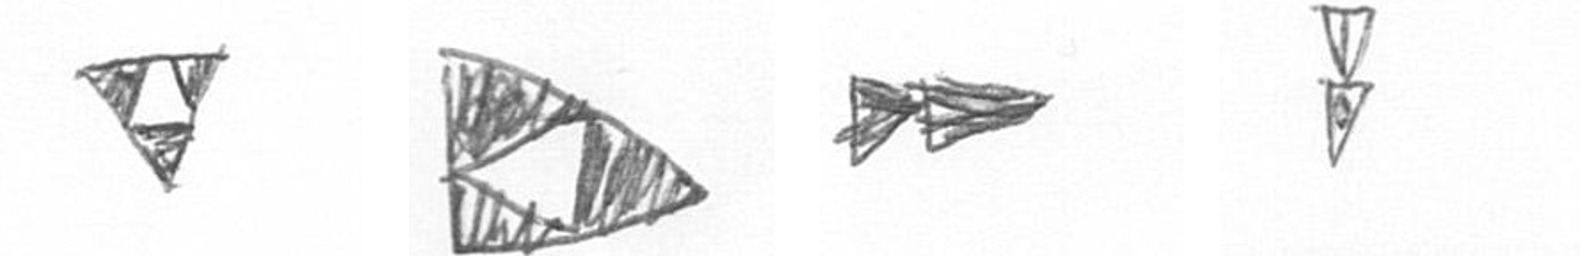
S K A Z